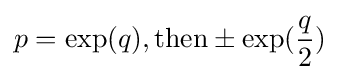
p=\exp(q),{\text{then}}\pm \exp({\frac {q}{2}})